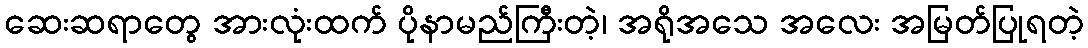
ဆေးဆရာတွေ အားလုံးထက် ပိုနာမည်ကြီးတဲ့၊ အရိုအသေ အလေး အမြတ်ပြုရတဲ့